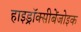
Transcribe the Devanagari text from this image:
हाइड्रॉक्सीबेंजोइक